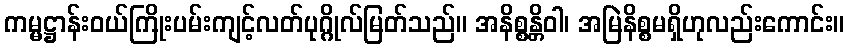
ကမ္မဋ္ဌာန်းဝယ်ကြိုးပမ်းကျင့်လတ်ပုဂ္ဂိုလ်မြတ်သည်။ အနိစ္စန္တိဝါ၊ အမြဲနိစ္စမရှိဟုလည်းကောင်း။